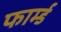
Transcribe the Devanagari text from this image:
फार्म्ड